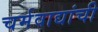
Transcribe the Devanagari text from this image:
चर्मवाद्यांची